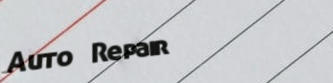
Auto Repair